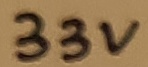
Text: 33V